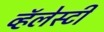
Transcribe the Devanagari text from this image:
व्हॅलेस्टी